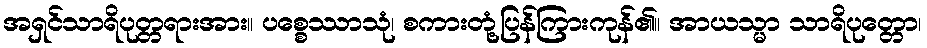
အရှင်သာရိပုတ္တရားအား။ ပစ္စေဿာသုံ၊ စကားတုံ့ပြန်ကြားကုန်၏။ အာယသ္မာ သာရိပုတ္တော၊